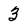
Character: 3